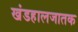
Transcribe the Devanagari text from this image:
खंडहालजातक